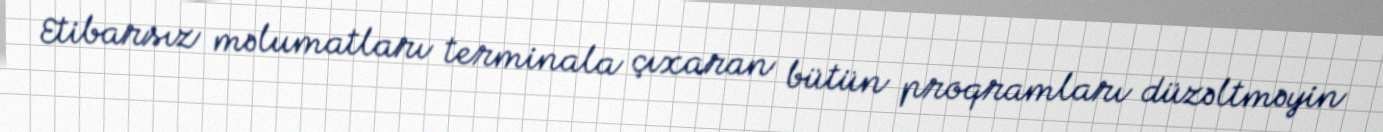
Etibarsız məlumatları terminala çıxaran bütün proqramları düzəltməyin